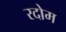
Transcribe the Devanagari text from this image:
रदोम